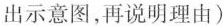
出示意图，再说明理由)